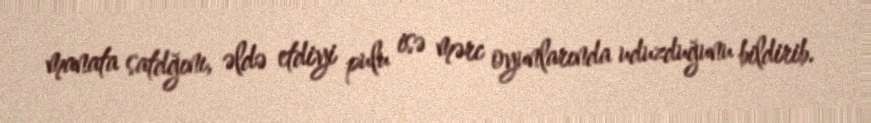
manata satdğını, əldə etdiyi pulu isə mərc oyunlarında uduzduğunu bildirib.